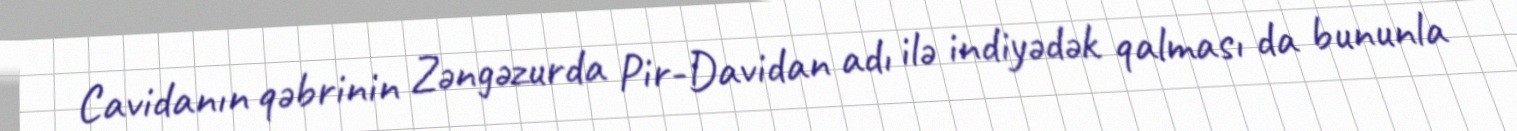
Cavidanın qəbrinin Zəngəzurda Pir-Davidan adı ilə indiyədək qalması da bununla